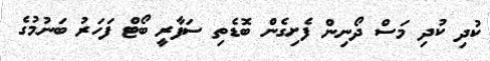
ކުދި ކުދި މަސް ދޯނިން ފެށިގެން ބޮޑެތި ސަފާރީ ބޯޓް ފަހަރު ބަނުމުގެ